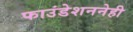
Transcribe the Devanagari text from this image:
फाउंडेशननेही